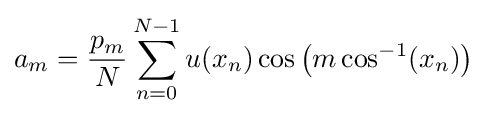
a_{m}={\frac {p_{m}}{N}}\sum _{n=0}^{N-1}u(x_{n})\cos \left(m\cos ^{-1}(x_{n})\right)